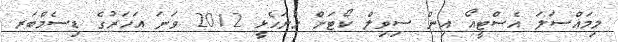
މިމައްސަލަ އެސްޓީއޯ އިން ސިވިލް ކޯޓަށް ހުށަހެޅީ 2012 ވަނަ އަހަރުގެ ޑިސެމްބަރ